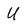
Character: U